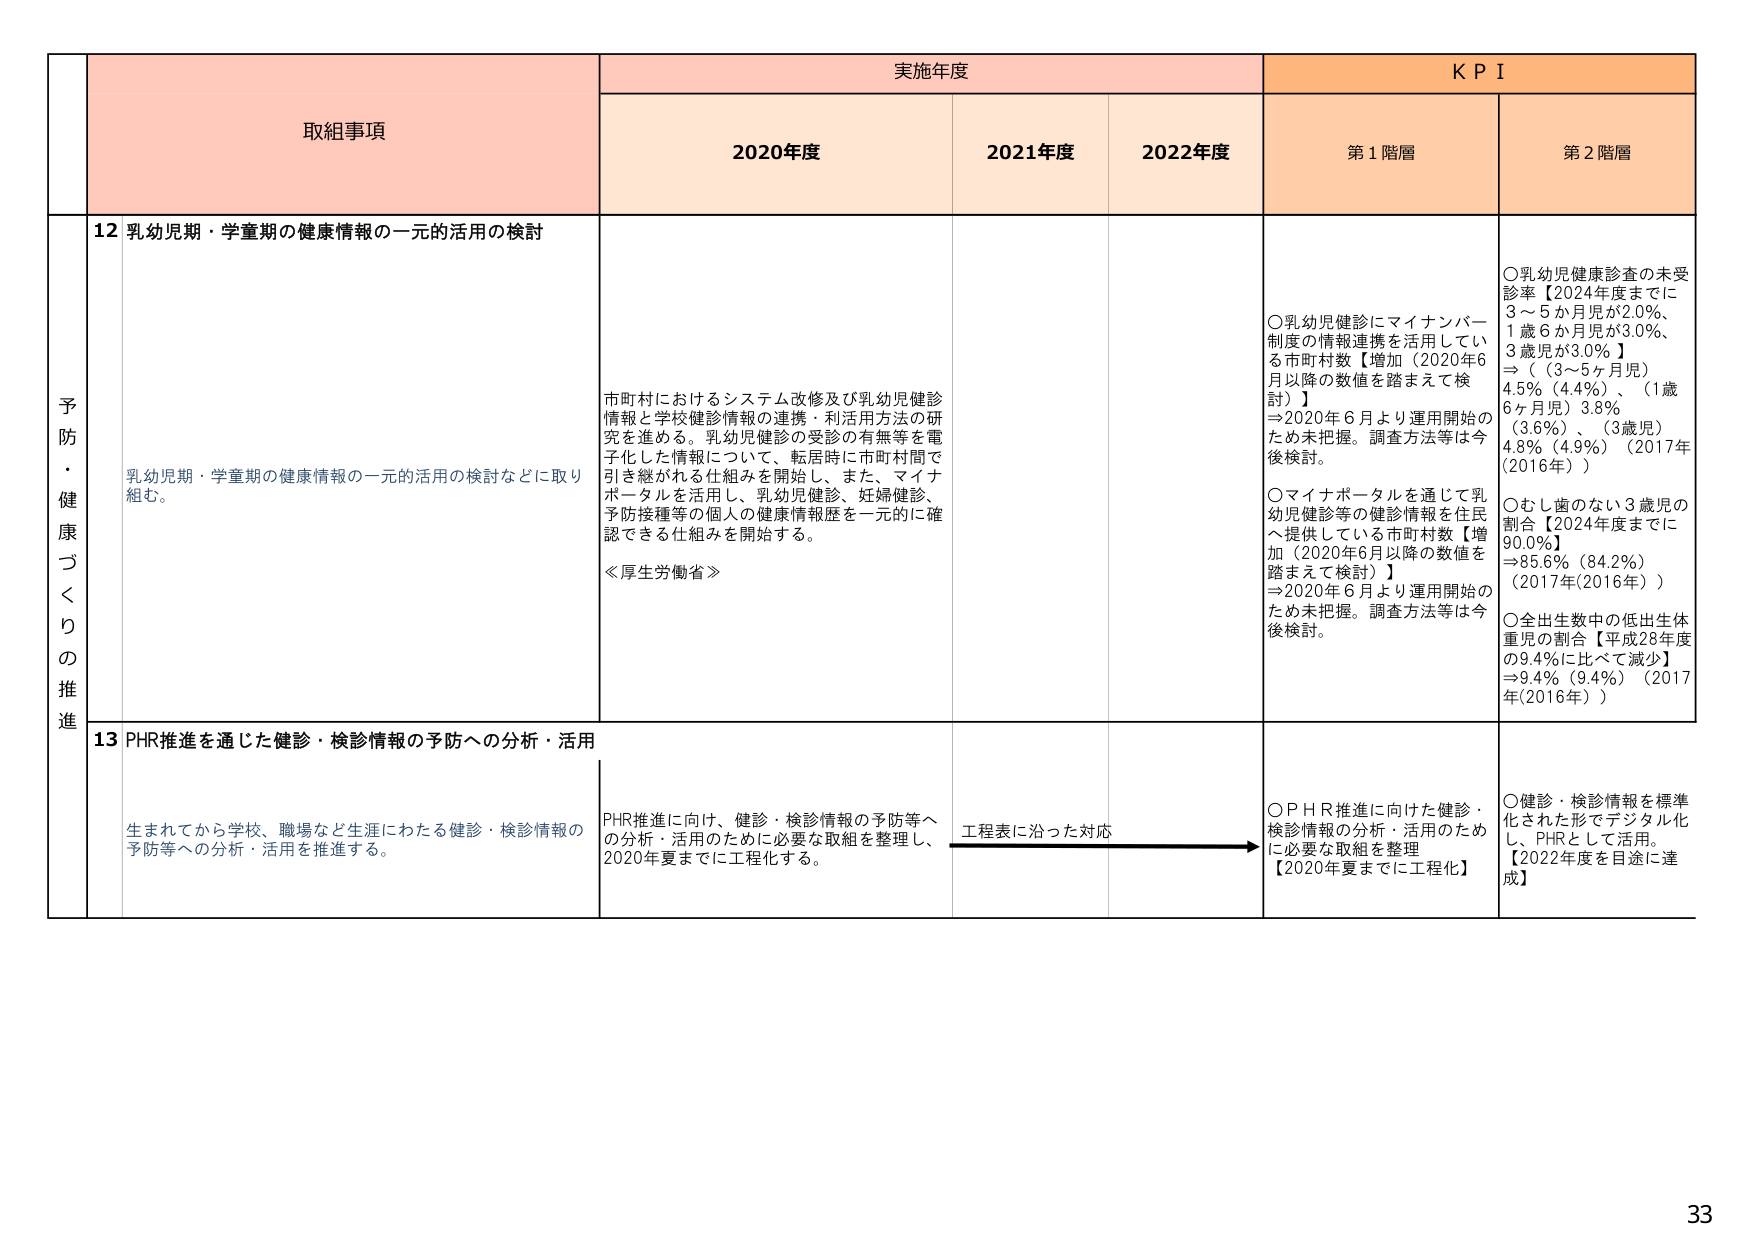
予防・健康づくりの推進

取組事項

実施年度

KPI

2020年度

2021年度

2022年度

第1階層

第2階層

12 乳幼児期・学童期の健康情報の一元的活用の検討

乳幼児期・学童期の健康情報の一元的活用の検討などに取り組む。

市町村におけるシステム改修及び乳幼児健診情報と学校健診情報の連携・利活用方法の研究を進める。乳幼児健診の受診の有無等を電子化した情報について、転居時に市町村間で引き継がれる仕組みを開始し、また、マイナポータルを活用し、乳幼児健診、妊婦健診、予防接種等の個人の健康情報歴を一元的に確認できる仕組みを開始する。

≪厚生労働省≫

○乳幼児健診にマイナンバー制度の情報連携を活用している市町村数【増加（2020年6月以降の数値を踏まえて検討）】
⇒2020年6月より運用開始のため未把握。調査方法等は今後検討。

○マイナポータルを通じて乳幼児健診等の健診情報を住民へ提供している市町村数【増加（2020年6月以降の数値を踏まえて検討）】
⇒2020年6月より運用開始のため未把握。調査方法等は今後検討。

○乳幼児健康診査の未受診率【2024年度までに3～5か月児が2.0％、1歳6か月児が3.0％、3歳児が3.0％】
⇒（3～5ヶ月児）4.5％（4.4％）、（1歳6ヶ月児）3.8％（3.6％）、（3歳児）4.8％（4.9％）（2017年（2016年））

○むし歯のない3歳児の割合【2024年度までに90.0％】
⇒85.6％（84.2％）（2017年（2016年））

○全出生数中の低出生体重児の割合【平成28年度の9.4％に比べて減少】
⇒9.4％（9.4％）（2017年（2016年））

13 PHR推進を通じた健診・検診情報の予防への分析・活用

生まれてから学校、職場など生涯にわたる健診・検診情報の予防等への分析・活用を推進する。

PHR推進に向け、健診・検診情報の予防等への分析・活用のために必要な取組を整理し、2020年夏までに工程化する。

工程表に沿った対応

○PHR推進に向けた健診・検診情報の分析・活用のために必要な取組を整理【2020年夏までに工程化】

○健診・検診情報を標準化された形でデジタル化し、PHRとして活用。【2022年度を目途に達成】

33